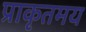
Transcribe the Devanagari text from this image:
प्राकृतमय